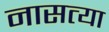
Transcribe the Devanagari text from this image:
नासत्या